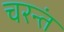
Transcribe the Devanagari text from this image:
चरन्तं